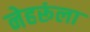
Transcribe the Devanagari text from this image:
नेहरूंला